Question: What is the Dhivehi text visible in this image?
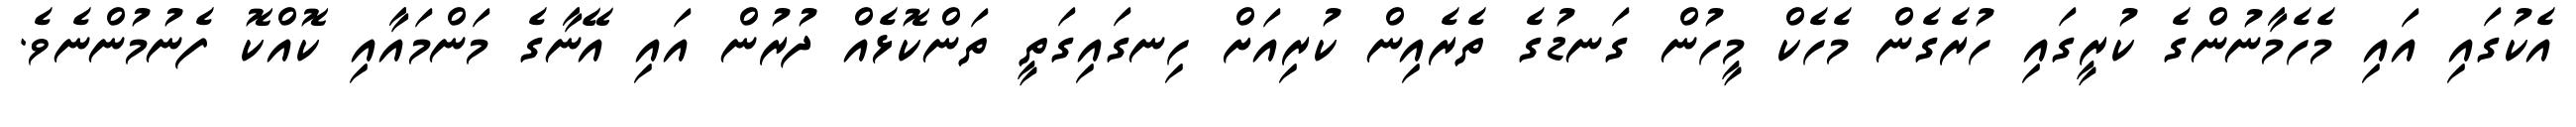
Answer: އެކުގައި އައި މެހެމާނުންގެ ކުރީގައި ހުރެގެން މެހެކް މީހުން ގަނޑުގެ ތެރެއިން ކުރިއަށް ހިނގައިގަތީ ތަންކޮޅެއް ދުރުން އައި އޭނާގެ މަންމައާއި ކޮއްކޮ ފެނުމުންނެވެ.